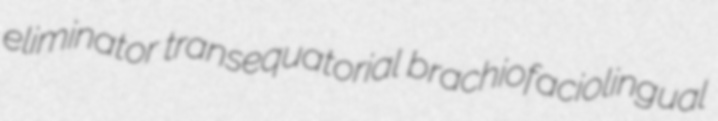
eliminator transequatorial brachiofaciolingual